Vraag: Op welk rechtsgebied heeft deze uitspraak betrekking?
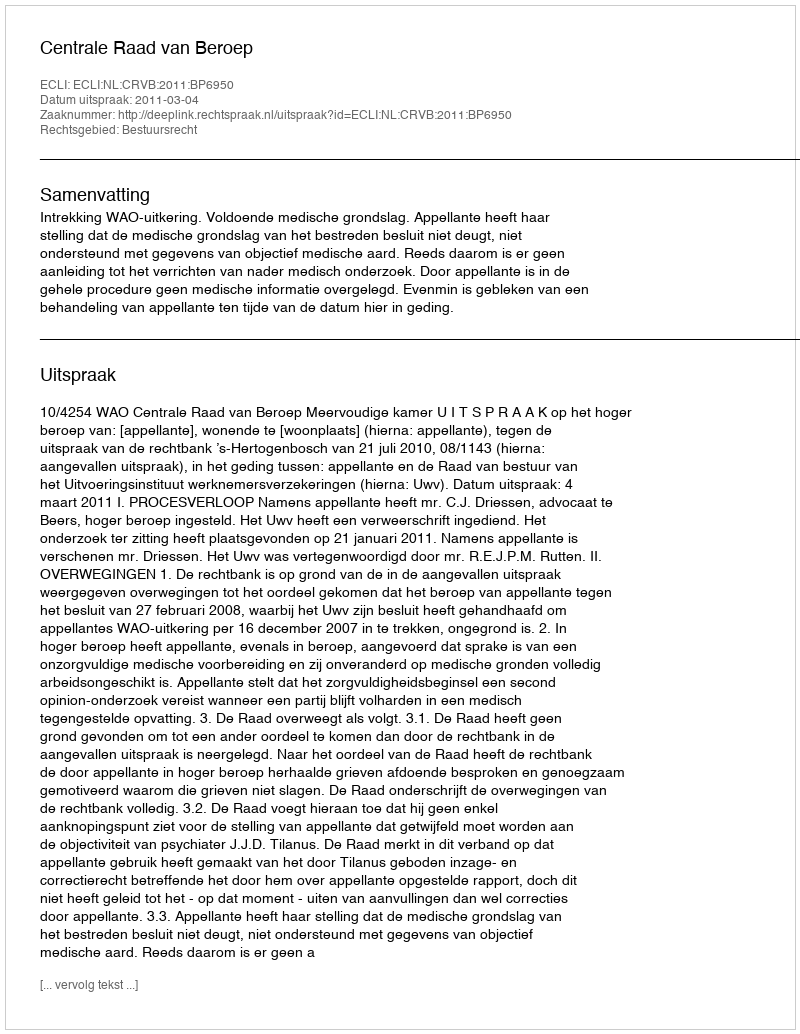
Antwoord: Bestuursrecht